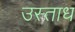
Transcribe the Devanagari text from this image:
उस्ताध